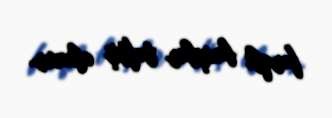
fərqli baxışlar təftiş olunur.